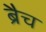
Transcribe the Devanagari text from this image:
ब्रैच